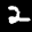
Label: 2